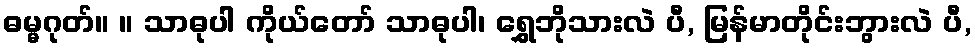
ဓမ္မဂုတ်။ ။ သာဓုပါ ကိုယ်တော် သာဓုပါ၊ ရွှေဘိုသားလဲ ပီ, မြန်မာတိုင်းဘွားလဲ ပီ,